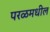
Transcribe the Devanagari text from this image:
परळमधील